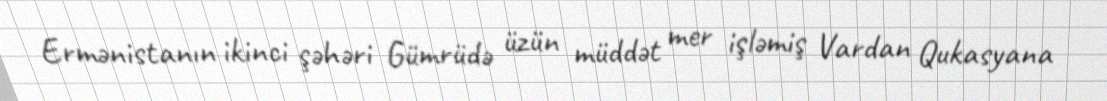
Ermənistanın ikinci şəhəri Gümrüdə üzün müddət mer işləmiş Vardan Qukasyana